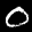
Label: 0